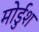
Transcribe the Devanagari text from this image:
मोर्डुश